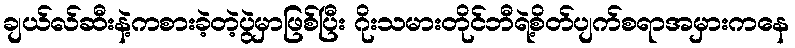
ချယ်လ်ဆီးနဲ့ကစားခဲ့တဲ့ပွဲမှာဖြစ်ပြီး ဂိုးသမားတိုင်ဘီရဲ့စိတ်ပျက်စရာအမှားကနေ